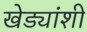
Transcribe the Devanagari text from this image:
खेड्यांशी